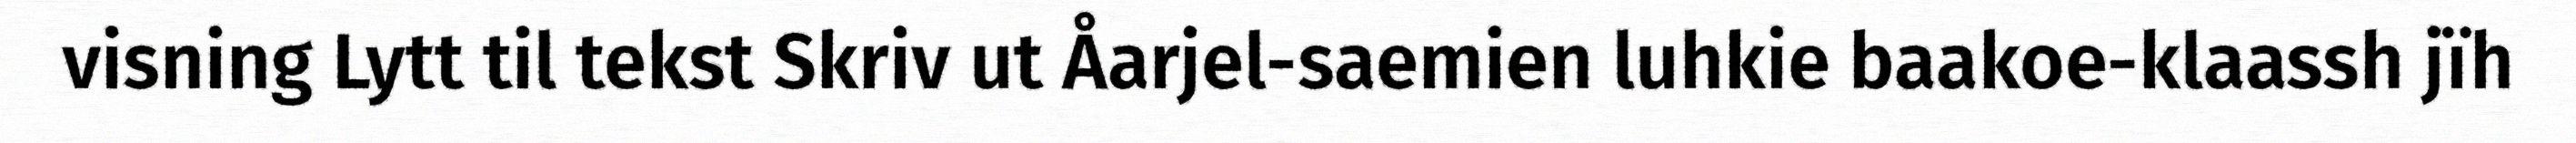
visning Lytt til tekst Skriv ut Åarjel-saemien luhkie baakoe-klaassh jïh